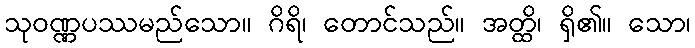
သုဝဏ္ဏပဿမည်သော။ ဂိရိ၊ တောင်သည်။ အတ္ထိ၊ ရှိ၏။ သော၊